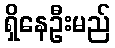
ရှိနေဦးမည်